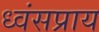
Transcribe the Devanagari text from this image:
ध्वंसप्राय